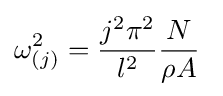
\omega _{(j)}^{2}={\frac {j^{2}\pi ^{2}}{l^{2}}}{\frac {N}{\rho A}}\